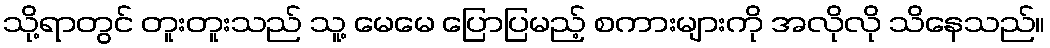
သို့ရာတွင် တူးတူးသည် သူ့ မေမေ ပြောပြမည့် စကားများကို အလိုလို သိနေသည်။